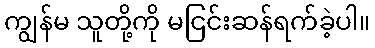
ကျွန်မ သူတို့ကို မငြင်းဆန်ရက်ခဲ့ပါ။